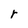
Character: r